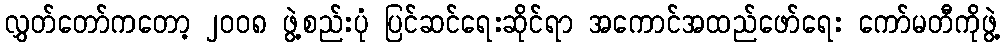
လွှတ်တော်ကတော့ ၂၀၀၈ ဖွဲ့စည်းပုံ ပြင်ဆင်ရေးဆိုင်ရာ အကောင်အထည်ဖော်ရေး ကော်မတီကိုဖွဲ့